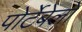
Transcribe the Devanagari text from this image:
पोर्टेबेलो